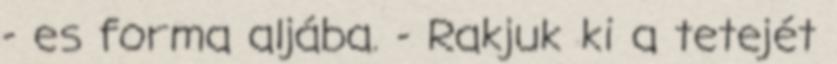
- es forma aljába. - Rakjuk ki a tetejét